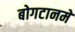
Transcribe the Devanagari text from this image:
बोगटानमे